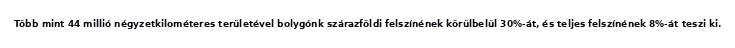
Több mint 44 millió négyzetkilométeres területével bolygónk szárazföldi felszínének körülbelül 30%-át, és teljes felszínének 8%-át teszi ki.